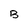
Character: B